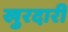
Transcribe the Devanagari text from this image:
खुरदारी